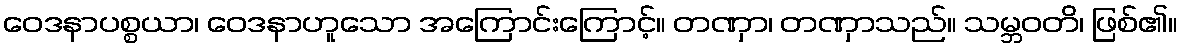
ဝေဒနာပစ္စယာ၊ ဝေဒနာဟူသော အကြောင်းကြောင့်။ တဏှာ၊ တဏှာသည်။ သမ္ဘဝတိ၊ ဖြစ်၏။